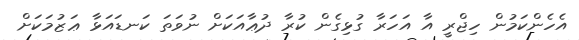
އެހެންކަމުން ހިޖްރީ އާ އަހަރާ ގުޅިގެން ކުރާ ދުޢާއަކަށް ނުވަތަ ކަނޑައަޅާ ޢަޒުމަކަށް